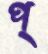
প্